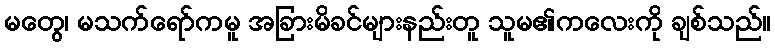
မတွေ၊ မသက်ရော်ကမူ အခြားမိခင်များနည်းတူ သူမ၏ကလေးကို ချစ်သည်။